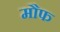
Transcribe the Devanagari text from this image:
मौफ